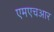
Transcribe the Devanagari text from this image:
एमएचआर